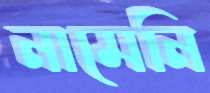
নামেনি